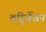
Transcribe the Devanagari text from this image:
बहि्र्वेशन